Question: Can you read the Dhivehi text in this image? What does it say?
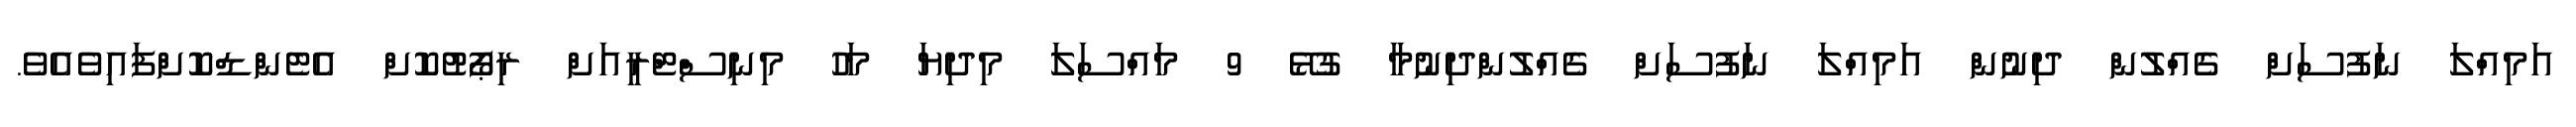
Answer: އަމިއްލަ ނަފުސަށް ގެއްލުން ދިނުން އަމިއްލަ ނަފުސަށް ގެއްލުންދިނުމާ ގުޅޭ 9 މައްސަލަ މިދިޔަ މަހު މިނިސްޓްރީއަށް ރިޕޯޓުކޮށް އެޓެންޑްކޮށްފައިވެއެވެ.